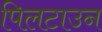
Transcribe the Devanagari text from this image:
पिलटाउन